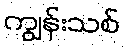
ကျွန်းသစ်